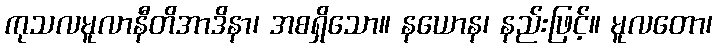
ကုသလမူလာနီတိအာဒိနာ၊ အစရှိသော။ နယောန၊ နည်းဖြင့်။ မူလတော၊